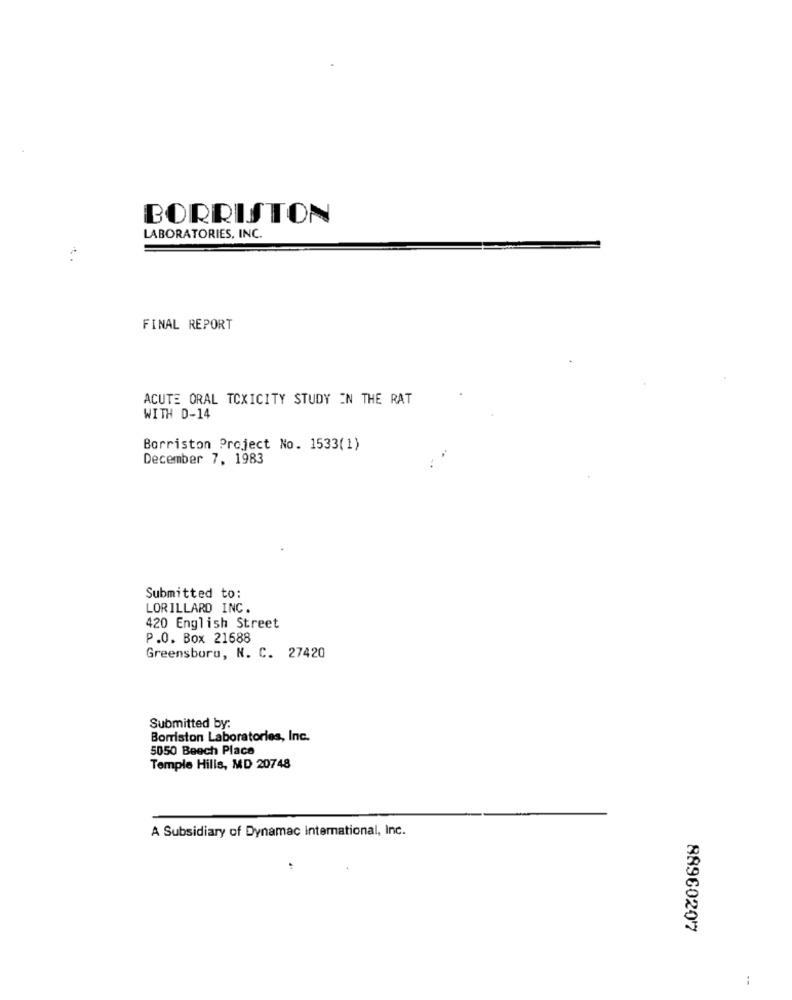
BORRISTON
LABORATORIES, INC.
FINAL REPORT
ACUTE ORAL TOXICITY STUDY IN THE RAT
WITH D-14
Borriston Project No. 1533(1)
December 7, 1983
Submitted to:
LORILLARD INC.
420 English Street
P.O. Box 21688
Greensboro, N. C. 27420
Submitted by:
Borriston Laboratories, Inc.
5050 Beech Place
Temple Hills, MD 20748
A Subsidiary of Dynamac International, Inc.
8896020'7
: